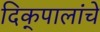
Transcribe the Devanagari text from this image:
दिक्‌पालांचे